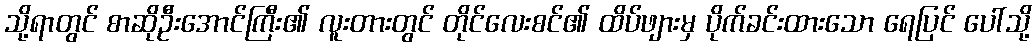
သို့ရာတွင် စာဆိုဦးအောင်ကြီး၏ လူးတားတွင် တိုင်လေးစင်၏ ထိပ်ဖျားမှ ပိုက်ခင်းထားသော ရေပြင် ပေါ်သို့